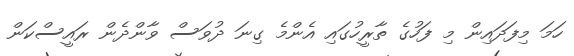
ހަމަ މިފަދައިން މި ފަހުގެ ތާރީހުގައި އެންމެ ގިނަ ދުވަސް ވާންދެން ރައީސްކަން